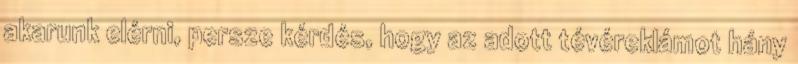
akarunk elérni, persze kérdés, hogy az adott tévéreklámot hány